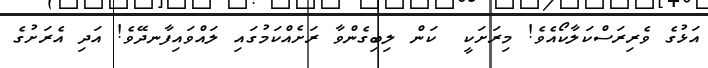
އަޅުގެ ވެރިރަސްކަލާކޯއެވެ! މިރަށަކީ  ކަން ލިބިގެންވާ ރަށެއްކަމުގައި ލައްވައިފާނދޭވެ! އަދި އެރަށުގެ